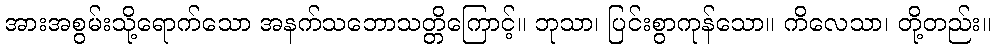
အားအစွမ်းသို့ရောက်သော အနက်သဘောသတ္တိကြောင့်။ ဘုသာ၊ ပြင်းစွာကုန်သော။ ကိလေသာ၊ တို့တည်း။